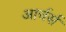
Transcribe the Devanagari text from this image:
आर्चर्स